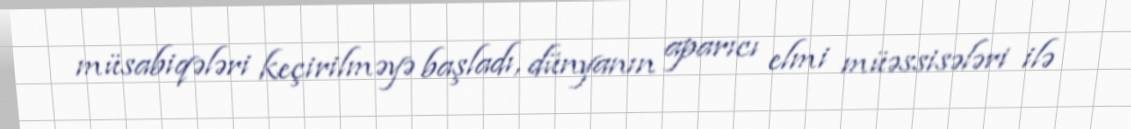
müsabiqələri keçirilməyə başladı, dünyanın aparıcı elmi müəssisələri ilə